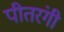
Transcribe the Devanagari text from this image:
पीतरंगी